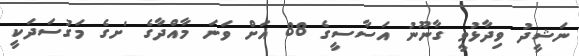
ނަޝީދު ވިދާޅުވީ ގާނޫނު އަސާސީގެ 88 އަށް ވަނަ މާއްދާގެ 'ށގެ މަގުސަދަކީ